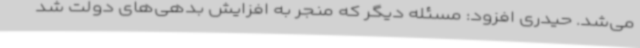
می‌شد. حیدری افزود: مسئله دیگر که منجر به افزایش بدهی‌های دولت شد